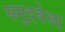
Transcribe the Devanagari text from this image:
समुद्रवेला